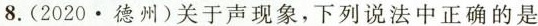
8.(2020·德州)关于声现象，下列说法中正确的是